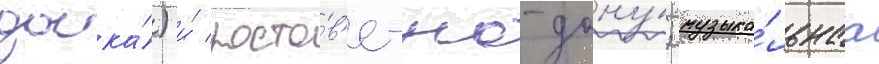
доска́) и́ росто́в'е-на-дону́; музыка́льнаа